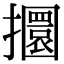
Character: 攌